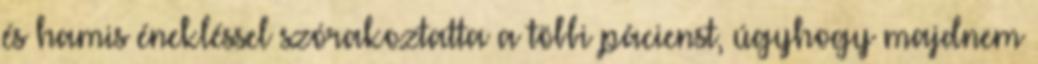
és hamis énekléssel szórakoztatta a többi pácienst, úgyhogy majdnem